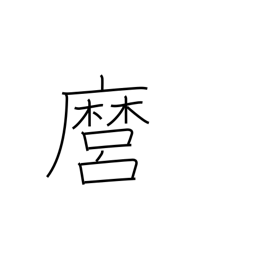
Meaning: you